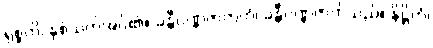
ရုစ္စတိ၊ နှစ်သက်အပ်၏။ ခန္တီဝဏ္ဏဇာတကံ၊ ခန္တီဝဏ္ဏဇာတ်သည်။ နိဋ္ဌိတံ၊